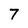
Character: 7